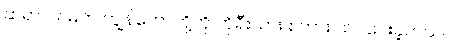
ဆရာ ဂင်မ်က ကျွန်တော်တို့ကို ကိုရီးယား စကား သင်ပေးခဲ့တယ်။